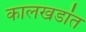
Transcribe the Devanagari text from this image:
कालखडांत